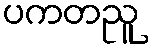
ပကတညူ